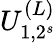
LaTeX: U_{1,2^{s}}^{(L)}